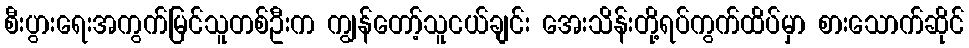
စီးပွားရေးအကွက်မြင်သူတစ်ဦးက ကျွန်တော့်သူငယ်ချင်း အေးသိန်းတို့ရပ်ကွက်ထိပ်မှာ စားသောက်ဆိုင်